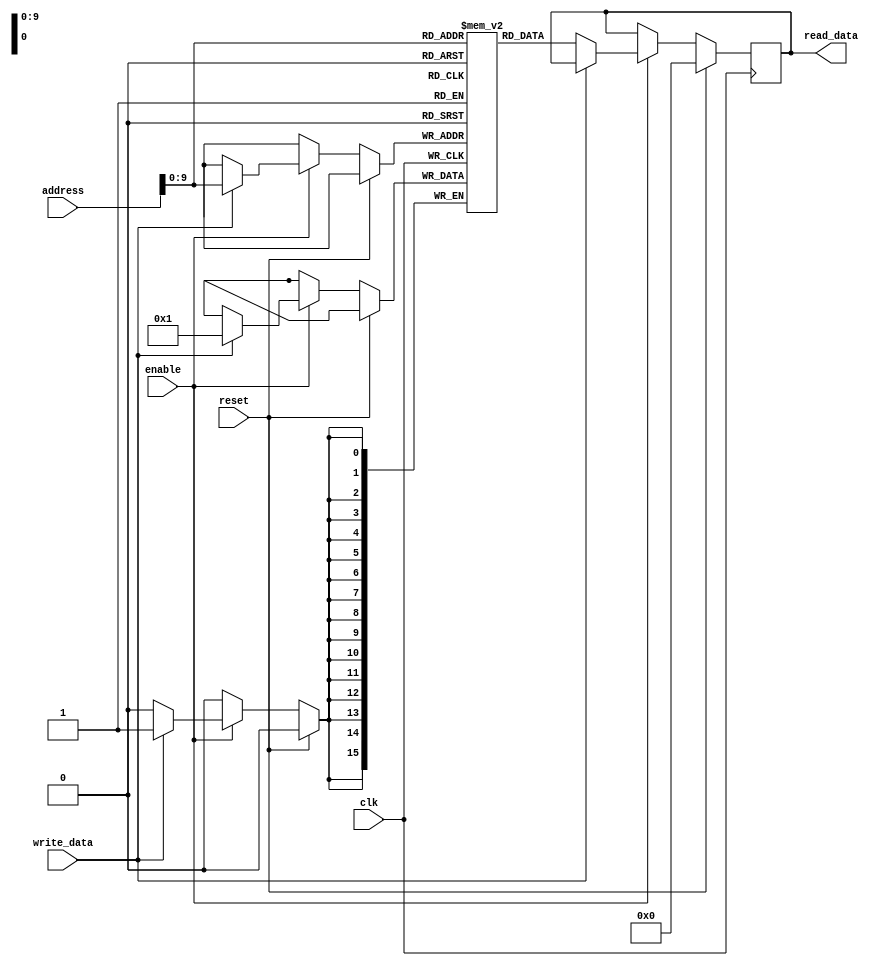
module QDR_SRAM (
    input wire clk,
    input wire reset,
    input wire [15:0] address,
    input wire enable,
    input wire write_data,
    output reg [15:0] read_data
);

reg [15:0] memory [0:1023];

always @(posedge clk) begin
    if (reset) begin
        read_data <= 16'b0;
    end else begin
        if (enable) begin
            if (write_data) begin
                memory[address] <= write_data;
            end else begin
                read_data <= memory[address];
            end
        end
    end
end

endmodule